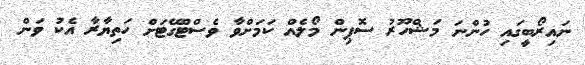
ނައިރޯބީގައި ހުންނަ މަޝްހޫރު ސޮޕިން މޯލެއް ކަމަށްވާ ވެސްޓްގޭޓަށް ހަތިޔާރާ އެކު ވަން